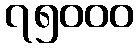
၇၅၀၀၀